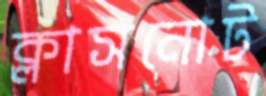
ক্লাসনোট